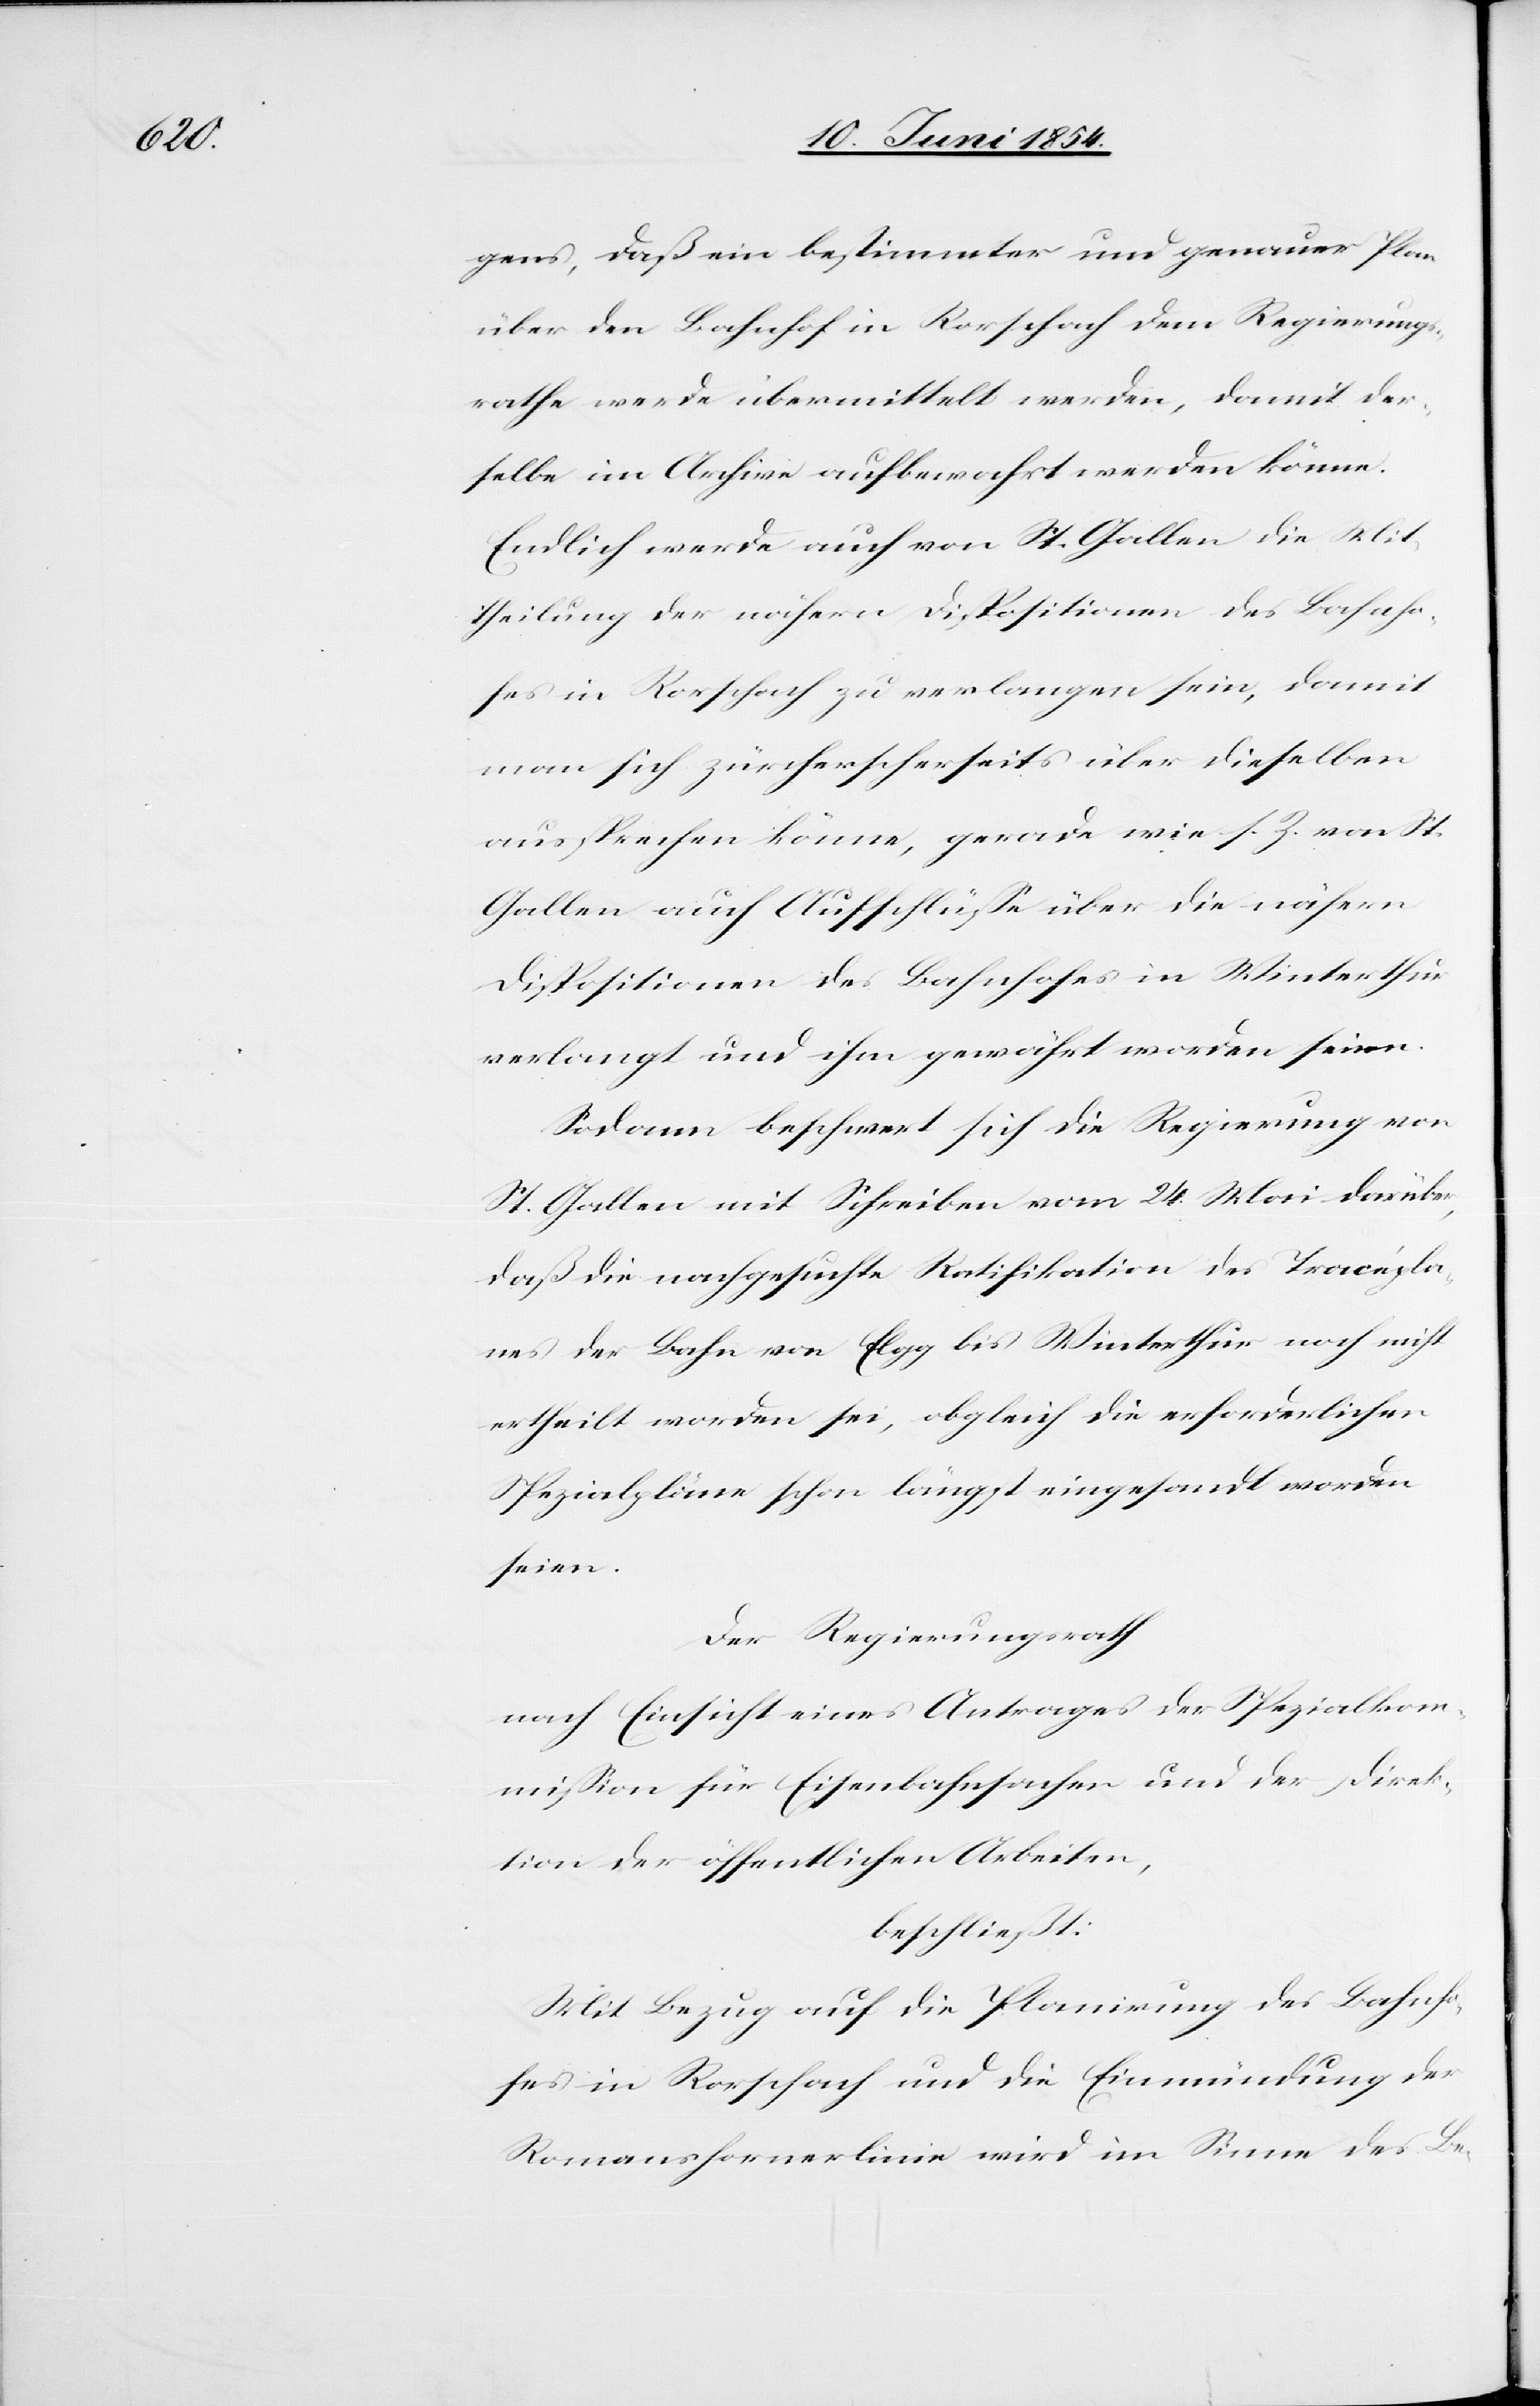
gens, daß ein bestimmter und genauer Plan
über den Bahnhof in Rorschach dem Regierungs¬
rathe werde übermittelt werden, damit der¬
selbe im Archive aufbewahrt werden könne.
Endlich werde auch von St. Gallen die Mit¬
theilung der nähern Dispositionen des Bahnho¬
fes in Rorschach zu verlangen sein, damit
man sich zürcherscherseits über dieselben
aussprechen könne, gerade wie s. Z. von St.
Gallen auch Aufschlüße über die nähern
Dispositionen des Bahnhofes in Winterthur
verlangt und ihm gewährt worden seien.
Sodann beschwert sich die Regierung von
St. Gallen mit Schreiben vom 24. Mai darüber,
daß die nachgesuchte Ratifikation des Tracépla¬
nes der Bahn von Elgg bis Winterthur noch nicht
ertheilt worden sei, obgleich die erforderlichen
Spezialpläne schon längst eingesandt worden
seien.
Der Regierungsrath
nach Einsicht eines Antrages der Spezialkom¬
mißion für Eisenbahnsachen und der Direk¬
tion der öffentlichen Arbeiten,
beschließt:
Mit Bezug auf die Planirung des Bahnho¬
fes in Rorschach und die Einmündung der
Romanshornerlinie wird im Sinne des Be-